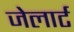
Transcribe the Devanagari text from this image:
जेलार्ट